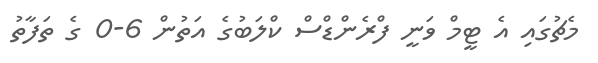
މެޗުގައި އެ ޓީމް ވަނީ ފްރެންޑްސް ކްލަބުގެ އަތުން 6-0 ގެ ތަފާތު